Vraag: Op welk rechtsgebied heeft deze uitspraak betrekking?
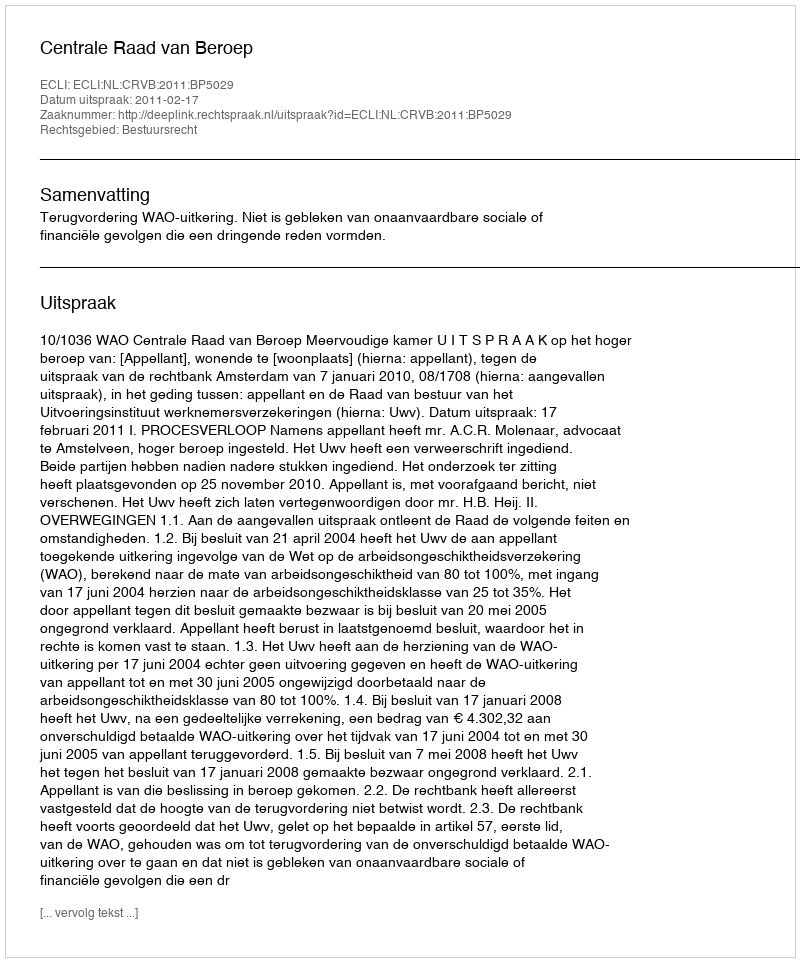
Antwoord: Bestuursrecht